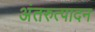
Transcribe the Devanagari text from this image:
अंतरुत्पादन